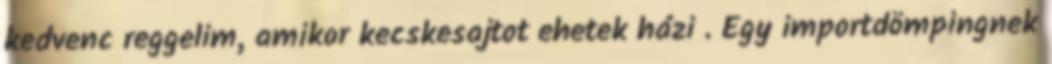
kedvenc reggelim, amikor kecskesajtot ehetek házi . Egy importdömpingnek